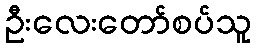
ဦးလေးတော်စပ်သူ